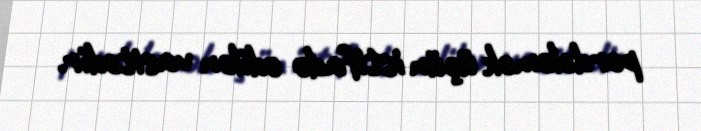
pərdələmək üçün istifadə edilən vasitədir.